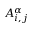
A _ { i , j } ^ { \alpha }